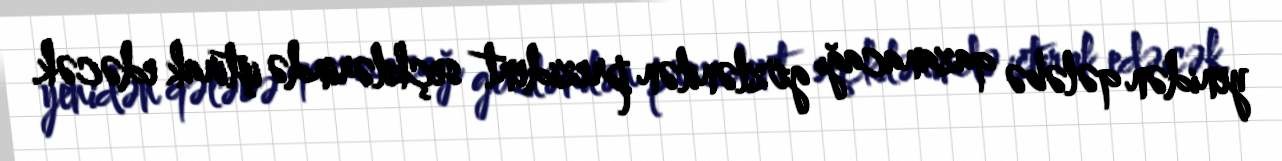
yenidən qələbə qazanacağı gözlənilən prezident seçkilərində iştirak edəcək.